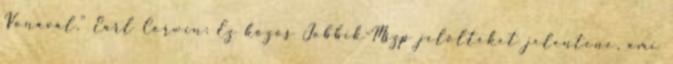
Vonával." Earl Corwin: Ez közös Jobbik-Mszp jelölteket jelentene, ami